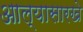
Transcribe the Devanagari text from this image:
आल्‍यासारखे